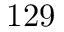
1 2 9